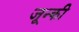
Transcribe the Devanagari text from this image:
जून्की